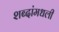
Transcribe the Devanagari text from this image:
शब्दांमधली